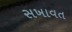
સખાવત